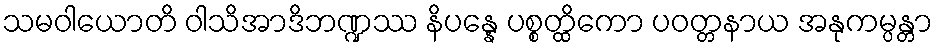
သမဝါယောတိ ဝါသိအာဒိဘဏ္ဍဿ နိပန္နေ ပစ္စတ္ထိကော ပဝတ္တနာယ အနုကမ္ပန္တာ